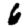
Digit: 6